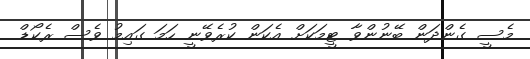
މެސީ ގެންދަން ބޭނުންވާ ޓީމަކަށް އެކަން ކުރެވޭނީ ހަމަ ގައިމު ވެސް ރެކޯޑް